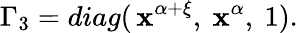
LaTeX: \Gamma_{3}=diag(\, \mathbf{x}^{\alpha+\xi},\ \mathbf{x}^{\alpha},\ 1).